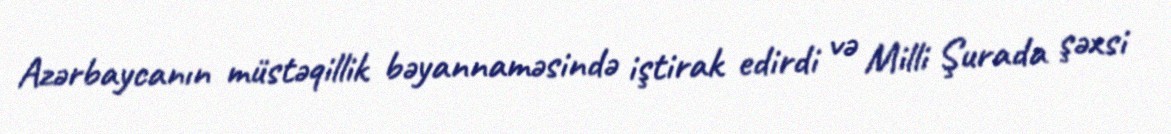
Azərbaycanın müstəqillik bəyannaməsində iştirak edirdi və Milli Şurada şəxsi